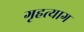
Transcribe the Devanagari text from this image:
गृहत्‍याग